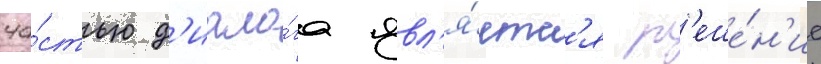
ча́стью д'иало́га явл'я́етс'я р'еше́н'ие